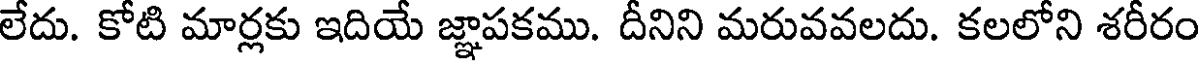
లేదు. కోటి మార్లకు ఇదియే జ్ఞాపకము. దీనిని మరువవలదు. కలలోని శరీరం